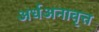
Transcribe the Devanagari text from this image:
अर्धअनावृत्त